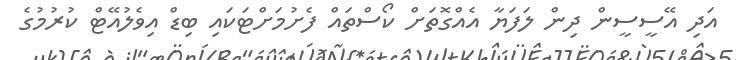
އަދި އޭސީސީން ދިން ލަފަޔާ އެއްގޮތަށް ކޯސްތައް ފެށުމަށްޓަކައި ބިޑް އިވެލުއޭޓް ކުރުމުގެ